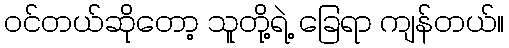
ဝင်တယ်ဆိုတော့ သူတို့ရဲ့ ခြေရာ ကျန်တယ်။